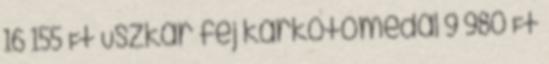
16 155 Ft Uszkár fej karkötőmedál 9 980 Ft